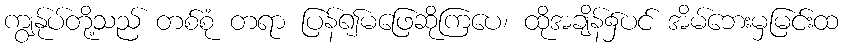
ကျွန်ုပ်တို့သည် တစ်စုံ တရာ ပြန်၍မဖြေဆိုကြပေ၊ ထိုအချိန်၌ပင် အိမ်ဘေးမှမြင်းထ